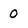
Character: O